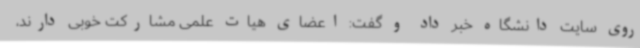
روی سایت دانشگاه خبر داد و گفت: اعضای هیات علمی مشارکت خوبی دارند،